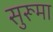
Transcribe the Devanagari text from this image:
सुरूमा